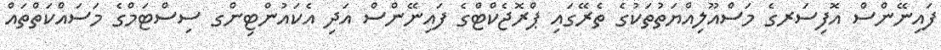
ފައިނޭންސް އޮފިސަރގެ މަސްއޫލިއްޔަތުތަކުގެ ތެރޭގައި ޕްރޮޖެކްޓްގެ ފައިނޭންސް އަދި އެކައުންޓިންގ ސިސްޓަމްގެ މަސައްކަތްތައް